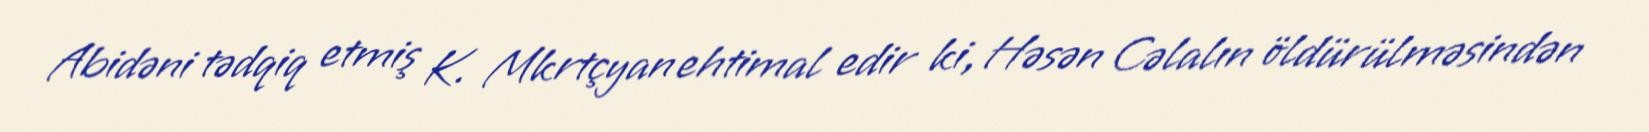
Abidəni tədqiq etmiş K. Mkrtçyan ehtimal edir ki, Həsən Cəlalın öldürülməsindən